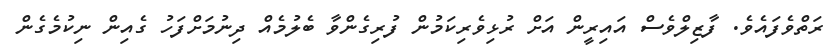
ރަތްވެފައެވެ. ފާޒިލްވެސް އައިރީން އަށް ރުޅިވެރިކަމުން ފުރިގެންވާ ބެލުމެއް ދިނުމަށްފަހު ގެއިން ނިކުމެގެން